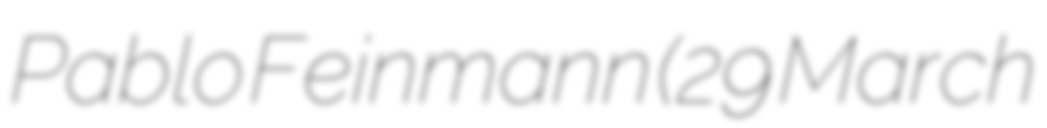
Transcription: Pablo Feinmann (29 March